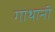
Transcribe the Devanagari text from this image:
गाथानी